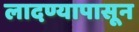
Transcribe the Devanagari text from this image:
लादण्यापासून